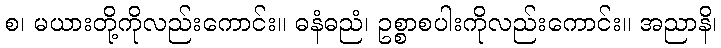
စ၊ မယားတို့ကိုလည်းကောင်း။ ဓနံဓညံ၊ ဥစ္စာစပါးကိုလည်းကောင်း။ အညာနိ၊